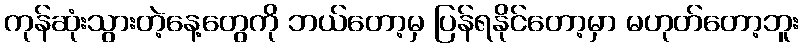
ကုန်ဆုံးသွားတဲ့နေ့တွေကို ဘယ်တော့မှ ပြန်ရနိုင်တော့မှာ မဟုတ်တော့ဘူး